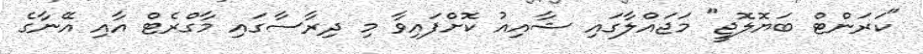
"ކަރަންޓް ބަޔޮލޮޖީ" މަޖައްލާގައި ޝާއިއު ކޮށްފައިވާ މި ދިރާސާގައި މާގްރެޓް އާއި އޭނާގެ